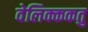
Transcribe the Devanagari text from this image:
वेलिक्ककतु